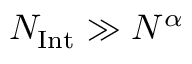
N _ { \mathrm { I n t } } \gg { N ^ { \alpha } }